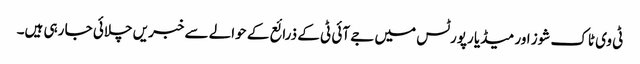
ٹی وی ٹاک شوز اور میڈیا رپورٹس میں جے آئی ٹی کے ذرائع کے حوالے سے خبریں چلائی جا رہی ہیں۔